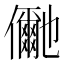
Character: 𭀍